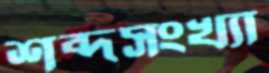
শব্দসংখ্যা